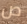
ص